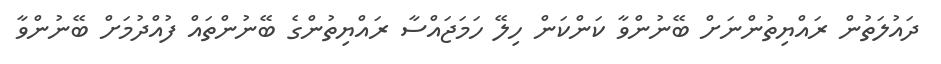
ދައުލަތުން ރައްޔިތުންނަށް ބޭނުންވާ ކަންކަން ހިލޭ ހަމަޖައްސާ ރައްޔިތުންގެ ބޭނުންތައް ފުއްދުމަށް ބޭނުންވާ